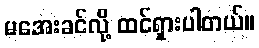
မအေးခင်လို့ ထင်ရှားပါတယ်။